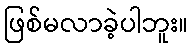
ဖြစ်မလာခဲ့ပါဘူး။